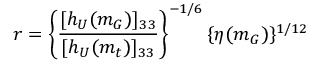
r = \left\{ \frac { [ h _ { U } ( m _ { G } ) ] _ { 3 3 } } { [ h _ { U } ( m _ { t } ) ] _ { 3 3 } } \right\} ^ { - 1 / 6 } \{ \eta ( m _ { G } ) \} ^ { 1 / 1 2 }